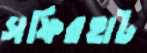
সফিরহাট